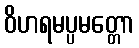
ဝိဟရမပ္ပမတ္တော